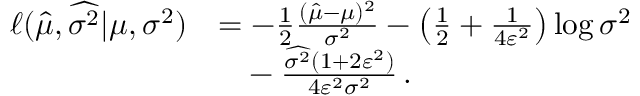
\begin{array} { r l } { \ell ( \hat { \mu } , \widehat { \sigma ^ { 2 } } | \mu , \sigma ^ { 2 } ) } & { = - \frac { 1 } { 2 } \frac { ( \hat { \mu } - \mu ) ^ { 2 } } { \sigma ^ { 2 } } - \left( \frac { 1 } { 2 } + \frac { 1 } { 4 \varepsilon ^ { 2 } } \right) \log { \sigma ^ { 2 } } } \\ & { \phantom { { = } } - \frac { \widehat { \sigma ^ { 2 } } ( 1 + 2 \varepsilon ^ { 2 } ) } { 4 \varepsilon ^ { 2 } \sigma ^ { 2 } } \, . } \end{array}